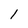
Character: l